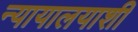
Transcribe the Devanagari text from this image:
न्यायालयाशी